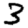
Digit: 3